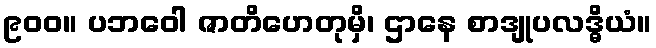
၉၀၀။ ပဘဝေါ ဇာတိဟေတုမှိ၊ ဌာနေ စာဒျုပလဒ္ဓိယံ။